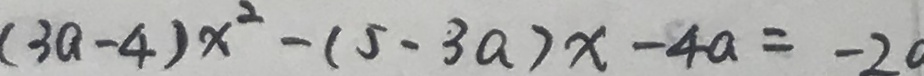
( 3 a - 4 ) x ^ { 2 } - ( 5 - 3 a ) x - 4 a = - 2 0